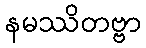
နမဿိတဗ္ဗာ